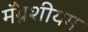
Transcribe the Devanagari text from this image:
मॅग्नेशीयम